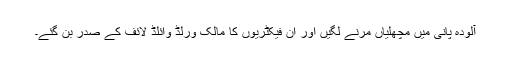
آلودہ پانی میں مچھلیاں مرنے لگیں اور ان فیکٹریوں کا مالک ورلڈ وائلڈ لائف کے صدر بن گئے۔